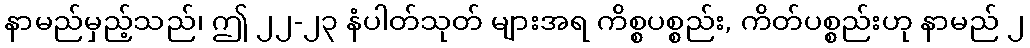
နာမည်မှည့်သည်၊ ဤ ၂၂-၂၃ နံပါတ်သုတ် များအရ ကိစ္စပစ္စည်း, ကိတ်ပစ္စည်းဟု နာမည် ၂